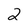
Character: 2